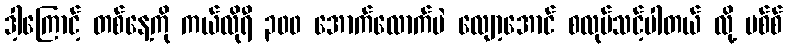
ဒါ့ကြောင့် တစ်နေ့ကို ကယ်လိုရီ ၃၀၀ အောက်လောက်ပဲ လျော့အောင် စလုပ်သင့်ပါတယ် လို့ မစ်စ်